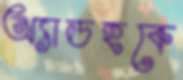
অ্যাডহকে